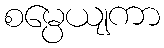
စမ္ပေယျကာ